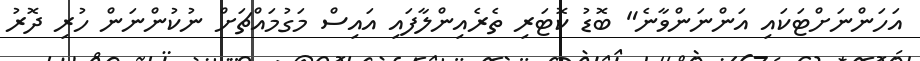
އަހަންނަށްޓަކައި އަންނަންވާނެ" ބޮޑު ކޮޓަރި ތެރެއިންލާފައި އައިސް މަގުމައްޗަށް ނުކުންނަން ހުރި ދޮރު